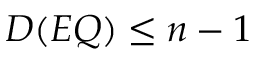
D ( E Q ) \leq n - 1